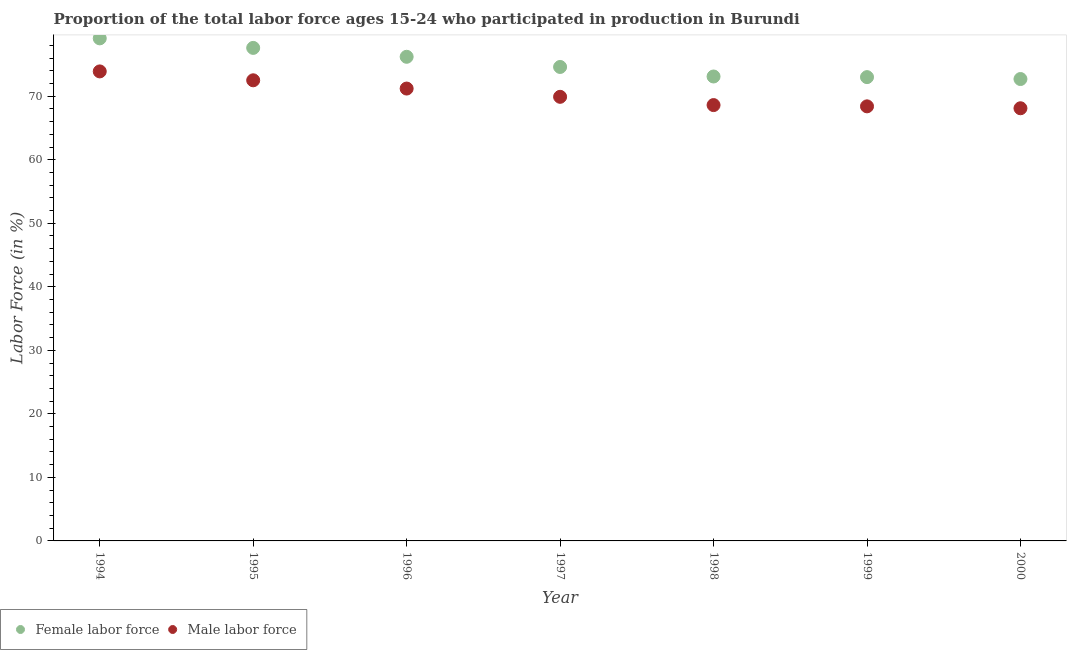
| Year | Female labor force | Male labor force |
 | --- | --- | --- |
 | 1994 | 79.1 | 73.9 |
 | 1995 | 77.6 | 72.5 |
 | 1996 | 76.2 | 71.2 |
 | 1997 | 74.6 | 69.9 |
 | 1998 | 73.1 | 68.6 |
 | 1999 | 73 | 68.4 |
 | 2000 | 72.7 | 68.1 |